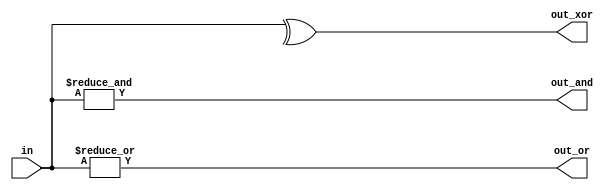
`timescale 1ns / 1ps
//////////////////////////////////////////////////////////////////////////////////
// Company: 
// Engineer: 
// 
// Design Name: 
// Module Name: Gates4
// Project Name: 
// Target Devices: 
// Tool Versions: 
// Description: 
// 
// Dependencies: 
// 
// Revision:
// Revision 0.01 - File Created
// Additional Comments:
// 
//////////////////////////////////////////////////////////////////////////////////


module Gates4(
    input [3:0] in,
    output out_and,
    output out_or,
    output out_xor
    );
	
	assign out_and = & in;
	assign out_or  = | in;
	assign out_xor = ^ in;
endmodule